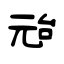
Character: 兘